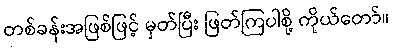
တစ်ခန်းအဖြစ်ဖြင့် မှတ်ပြီး ဖြတ်ကြပါစို့ ကိုယ်တော်။